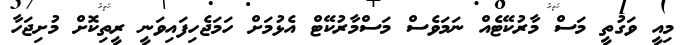
މިއީ ވަގުތީ މަސް މާރުކޭޓެއް ނަމަވެސް މަސްމާރުކޭޓް އެޅުމަށް ހަމަޖެހިފައިވަނީ ރީތިކޮށް މުށިޖަހާ